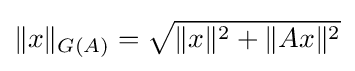
\|x\|_{G(A)}={\sqrt {\|x\|^{2}+\|Ax\|^{2}}}